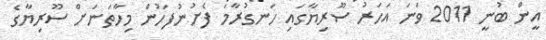
އީން ބުނީ 2011 ވަނަ އަހަރު ސޫރިޔާގައި ހަނގުރާމަ ފެށުނުފަހުން މިހާތަނަށް ސޫރިޔާގެ